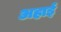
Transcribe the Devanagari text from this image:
अहाई